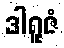
ဒါရူဇံ